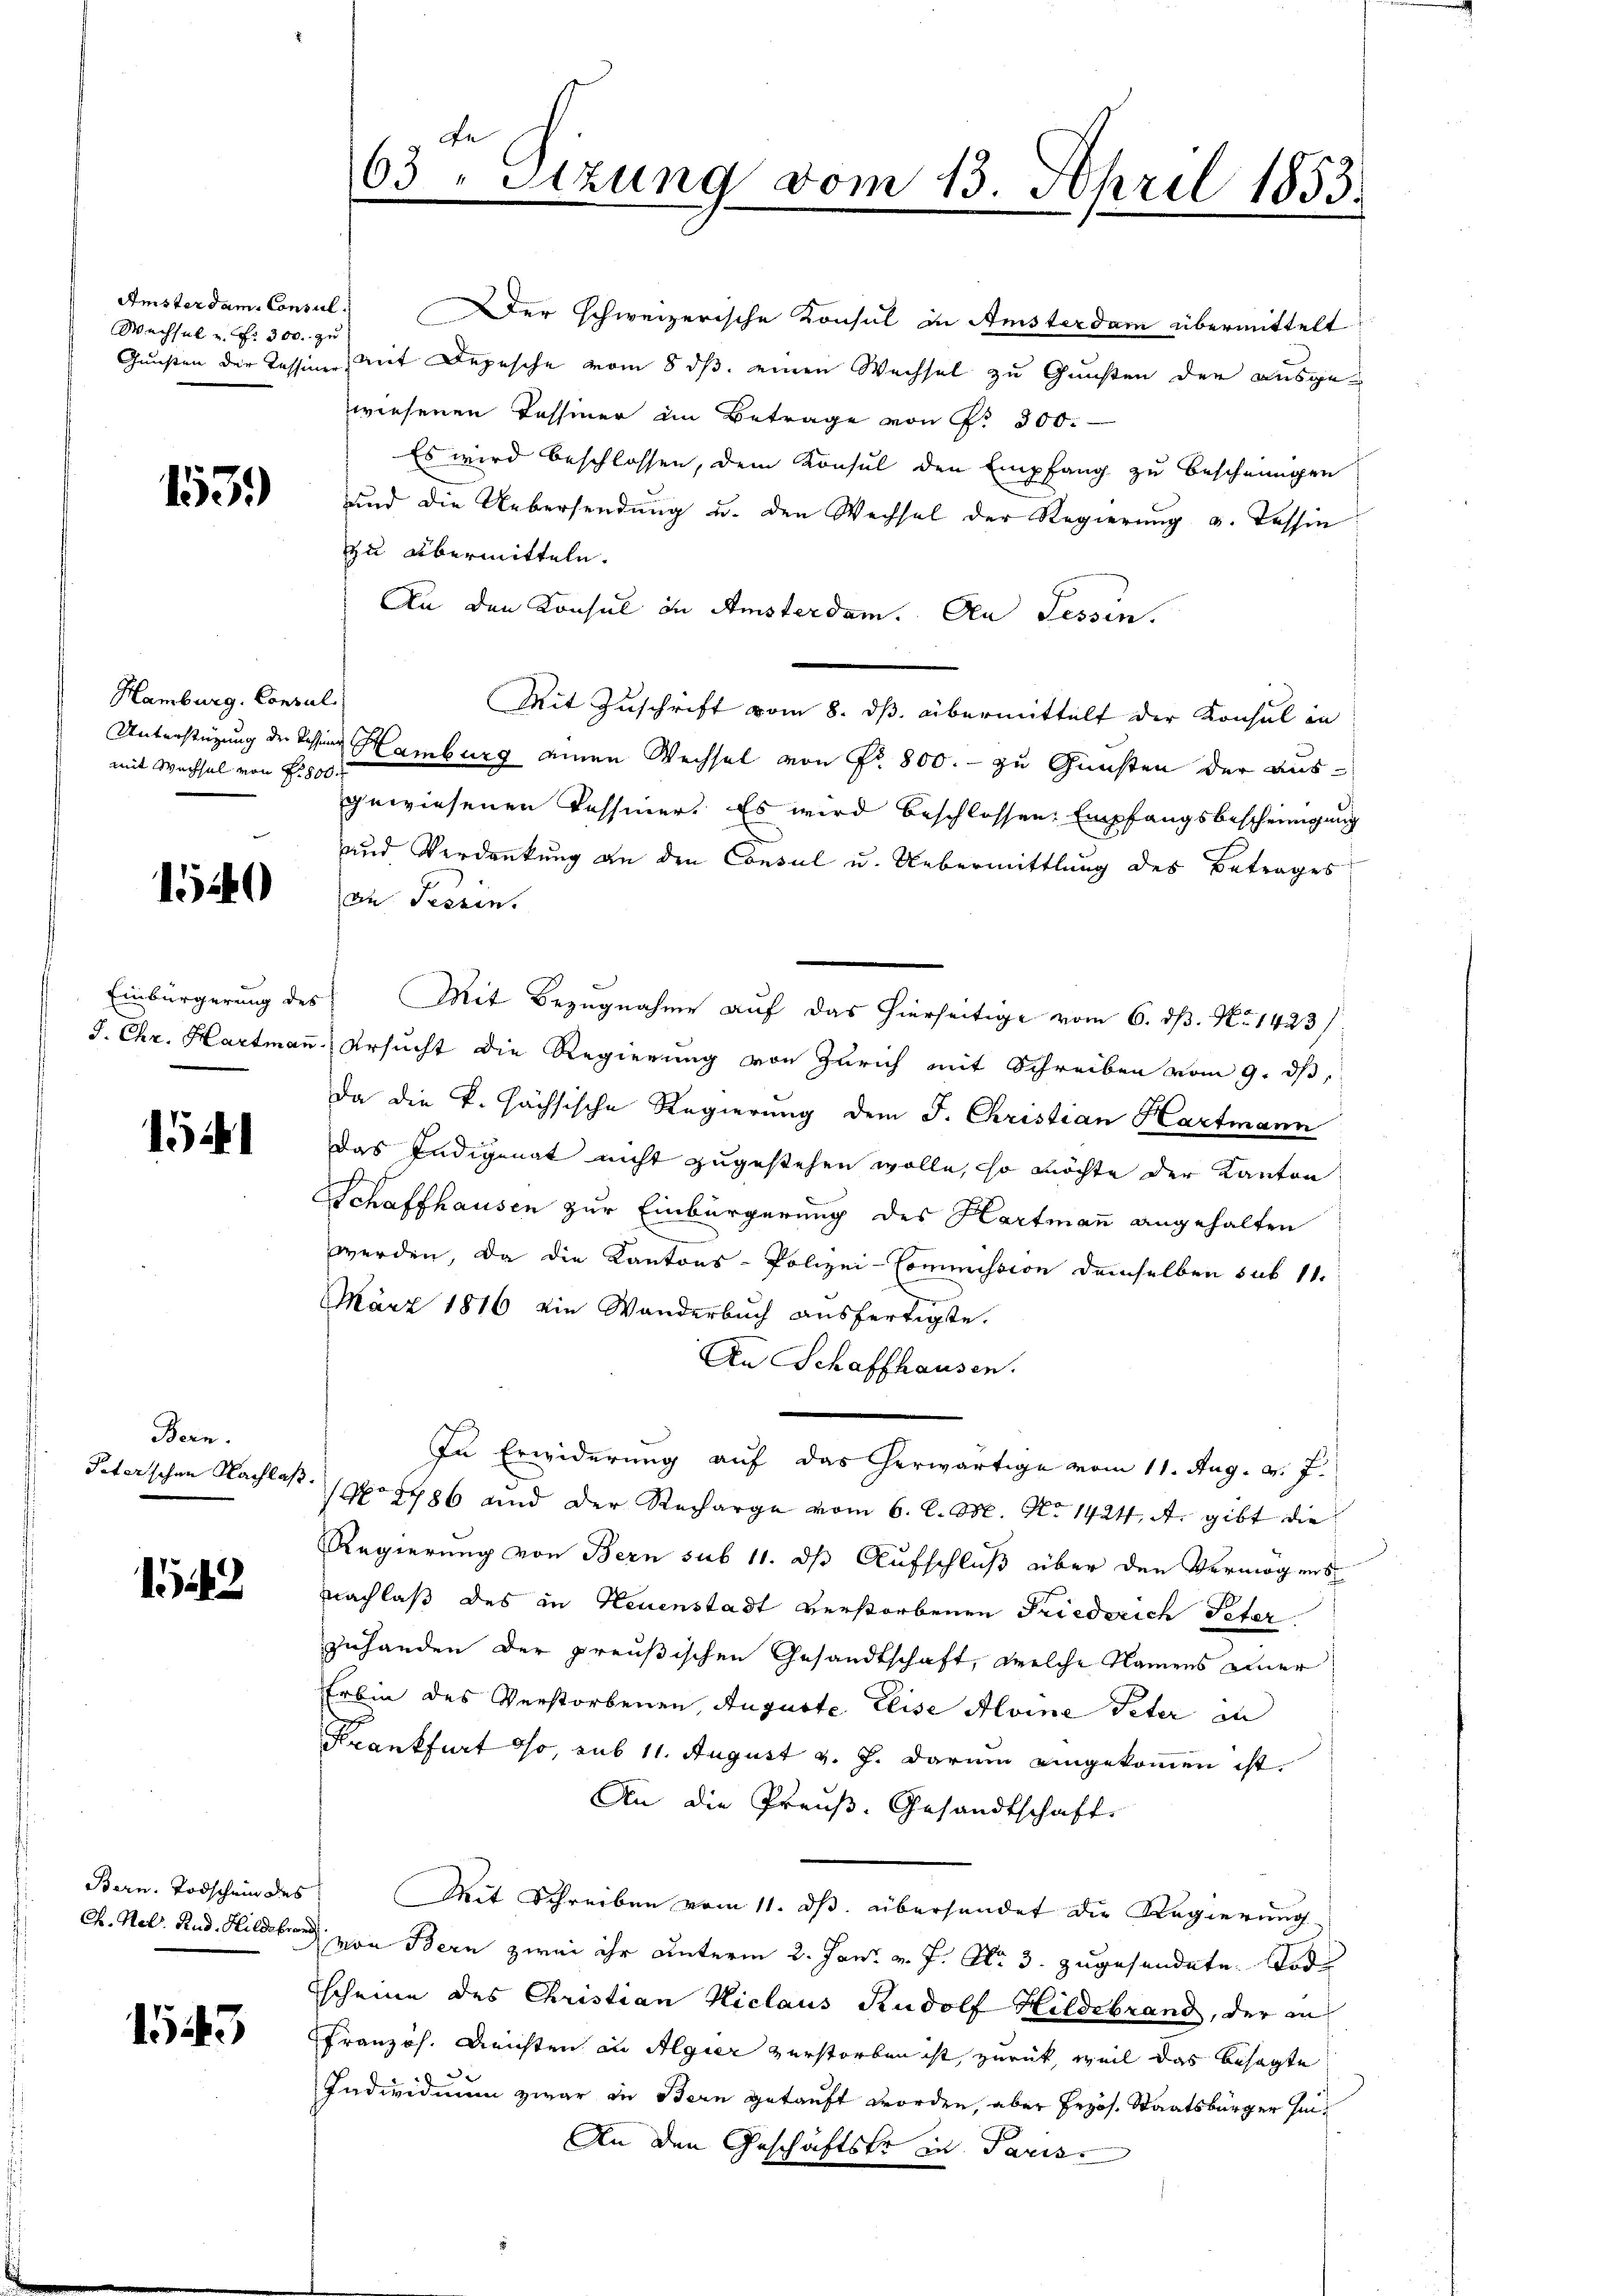
Amsterdam. Consul
Wechsel u. Fr. 300. zu

1531)

Hamburg, Consul
mit Wachsel von f. 800.

1540

1

Bern.

12

1543

Fe
63. Sitzung vom 13. April 1853.

Der schweizerische Konsul in Amsterdam übermittelt
Gunsten der Tession mit Depesche vom 8 ds. einen Wechsel zu Gunsten der ausge-
wiesenen Tessiner im Betrage von P. 300.
Es wird beschlossen, dem Konsul den Empfang zu bescheinigen
und die Uebersendŭng u. den Wechsel der Regierŭng u. Tessin
zu übermitteln.
An den Konsul in Amsterdam. An Tessin.
Mit Zuschrift vom 8. ds. übermittelt der Konsul in
Unterstüzung der Kassian Hamburg einen Wechsel von Nr. 800. - zu Gunsten der ausgewiesenen Tessiner. Es wird beschlossen. Empfangsbescheinigung
und Verdankung an den Consul u. Uebermittlung des Betrages
an Tessin.
Einbürgerung des Mit Bezugnahme auf das hierseitige vom 6. dß. No 1423 /
J. Chr. Hartmaṅ, Ursucht die Regierung von Zürich mit Schreiben vom 9. dβ,
da die k. hächsische Regierung dem J. Christian Hartmann
Das Indigenat nicht zugestehen wolle, so möchte der Kanton
Schaffhausen zur Einbürgerung des Hartmann angehalten
werden, da die Kantons-Polizei-Commission demselben sub 11.
März 1816 ein Wanderbuch ausfertigte.
An Schaffhausen.
In Erwiderung auf das herwärtige vom 11. Aug. v. J.
Peterschen Nachlaβ pro 1786 und der Recharge vom 6. l. M. No 1424. A. gibt die
Regierung von Bern sub 11. ds Aufschluß über den Vermögens
nachlaß des in Neuenstadt verstorbenen Friederich Peter.
zuhanden der preußischen Gesandtschaft, welche Namens einer
Erbin des Verstorbenen, Auguste Elise Aloine Peter an
Krankfurt so, sub 11. August v. J. darum eingekommen ist.
An die Preuß. Gesandtschaft.
Bern. Todschein des Mit Schreiben vom 11. ds. übersendet die Regierung
Ch. Nel Rud. Hildebrer von Bern zwei ihr unterm 2. Juni v. J. Nr. 3. zugesendete Tod
scheine des Christian Niclaus Rudolf Hildebrand, der in
Französ. Reichten in Algier verstorben ist, zurück, weil das besagte
Individium zwar in Bern getauft worden, aber Erzös. Staatsbürger hin¬
An den Geschäftstr in Paris